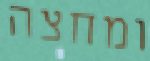
ומחצה